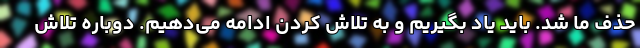
حذف ما شد. باید یاد بگیریم و به تلاش کردن ادامه می‌دهیم. دوباره تلاش